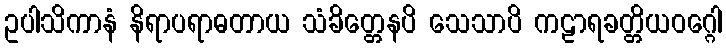
ဥပါသိကာနံ နိရာပရာဓတာယ သံခိတ္တေနပိ သေသာပိ ကဠာရခတ္တိယဝဂ္ဂေါ